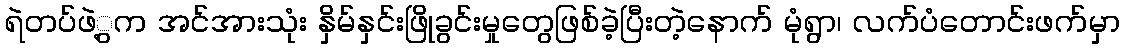
ရဲတပ်ဖဲ့ွက အင်အားသုံး နှိမ်နှင်းဖြိုခွင်းမှုတွေဖြစ်ခဲ့ပြီးတဲ့နောက် မုံရွာ၊ လက်ပံတောင်းဖက်မှာ